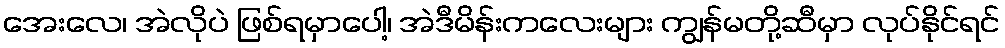
အေးလေ၊ အဲလိုပဲ ဖြစ်ရမှာပေါ့၊ အဲဒီမိန်းကလေးများ ကျွန်မတို့ဆီမှာ လုပ်နိုင်ရင်